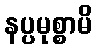
နပ္ပမုစ္စာမိ